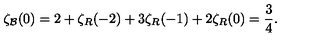
\zeta _ { \cal B } ( 0 ) = 2 + \zeta _ { R } ( - 2 ) + 3 \zeta _ { R } ( - 1 ) + 2 \zeta _ { R } ( 0 ) = { \frac { 3 } { 4 } } .